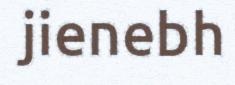
jienebh